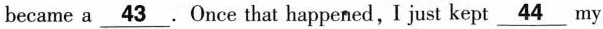
became a \underline{43}. Once that happened, I just kept \underline{44} my